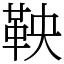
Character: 鞅